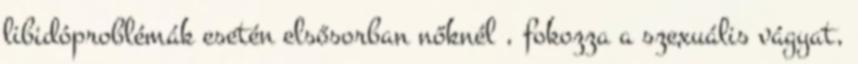
libidóproblémák esetén elsősorban nőknél , fokozza a szexuális vágyat,